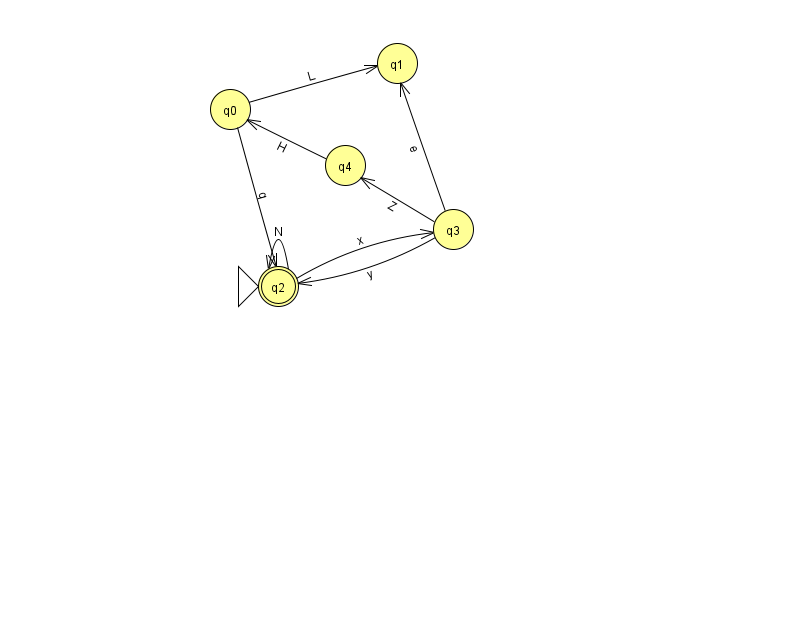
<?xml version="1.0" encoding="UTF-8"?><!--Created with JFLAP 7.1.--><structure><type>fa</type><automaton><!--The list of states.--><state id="0" name="q0"><x>230.0</x><y>96.0</y></state><state id="1" name="q1"><x>397.0</x><y>50.0</y></state><state id="2" name="q2"><x>278.0</x><y>273.0</y><initial/><final/></state><state id="3" name="q3"><x>453.0</x><y>216.0</y></state><state id="4" name="q4"><x>345.0</x><y>152.0</y></state><!--The list of transitions.--><transition><from>3</from><to>4</to><read>Z</read></transition><transition><from>0</from><to>2</to><read>q</read></transition><transition><from>3</from><to>2</to><read>y</read></transition><transition><from>2</from><to>3</to><read>x</read></transition><transition><from>0</from><to>1</to><read>L</read></transition><transition><from>4</from><to>0</to><read>H</read></transition><transition><from>2</from><to>2</to><read>N</read></transition><transition><from>3</from><to>1</to><read>e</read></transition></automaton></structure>